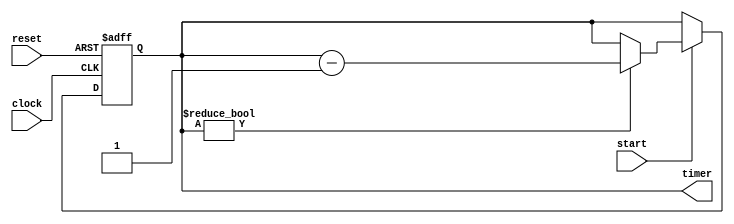
module countdown_timer (
    input wire clock,
    input wire reset,
    input wire start,
    output reg [7:0] timer
);

reg [7:0] preset = 8'hFF;

always @(posedge clock or posedge reset) begin
    if (reset) begin
        timer <= preset;
    end else begin
        if (start) begin
            if (timer != 8'h00) begin
                timer <= timer - 1;
            end
        end
    end
end

endmodule